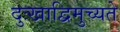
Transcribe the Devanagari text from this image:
दुःखाद्विमुच्यते